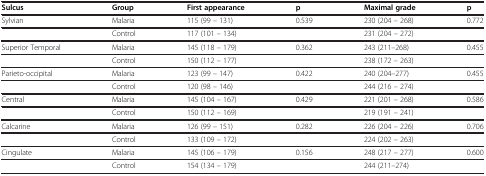
<table><thead><tr><td><b>Sulcus</b></td><td><b>Group</b></td><td><b>First appearance</b></td><td><b>p</b></td><td><b>Maximal grade</b></td><td><b>p</b></td></tr></thead><tbody><tr><td>Sylvian</td><td>Malaria</td><td>115 (99 – 131)</td><td>0.539</td><td>230 (204 – 268)</td><td>0.772</td></tr><tr><td> </td><td>Control</td><td>117 (101 – 134)</td><td> </td><td>231 (204 – 272)</td><td> </td></tr><tr><td>Superior Temporal</td><td>Malaria</td><td>145 (118 – 179)</td><td>0.362</td><td>243 (211–268)</td><td>0.455</td></tr><tr><td> </td><td>Control</td><td>150 (112 – 177)</td><td> </td><td>238 (172 – 263)</td><td> </td></tr><tr><td>Parieto-occipital</td><td>Malaria</td><td>123 (99 – 147)</td><td>0.422</td><td>240 (204–277)</td><td>0.455</td></tr><tr><td> </td><td>Control</td><td>120 (98 – 146)</td><td> </td><td>244 (216 – 274)</td><td> </td></tr><tr><td>Central</td><td>Malaria</td><td>145 (104 – 167)</td><td>0.429</td><td>221 (201 – 268)</td><td>0.586</td></tr><tr><td> </td><td>Control</td><td>150 (112 – 169)</td><td> </td><td>219 (191 – 241)</td><td> </td></tr><tr><td>Calcarine</td><td>Malaria</td><td>126 (99 – 151)</td><td>0.282</td><td>226 (204 – 226)</td><td>0.706</td></tr><tr><td> </td><td>Control</td><td>133 (109 – 172)</td><td> </td><td>224 (202 – 263)</td><td> </td></tr><tr><td>Cingulate</td><td>Malaria</td><td>145 (106 – 179)</td><td>0.156</td><td>248 (217 – 277)</td><td>0.600</td></tr><tr><td> </td><td>Control</td><td>154 (134 – 179)</td><td> </td><td>244 (211–274)</td><td> </td></tr></tbody></table>